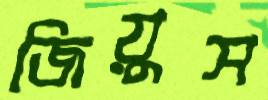
জিয়ুস